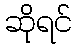
ဆိုရင်